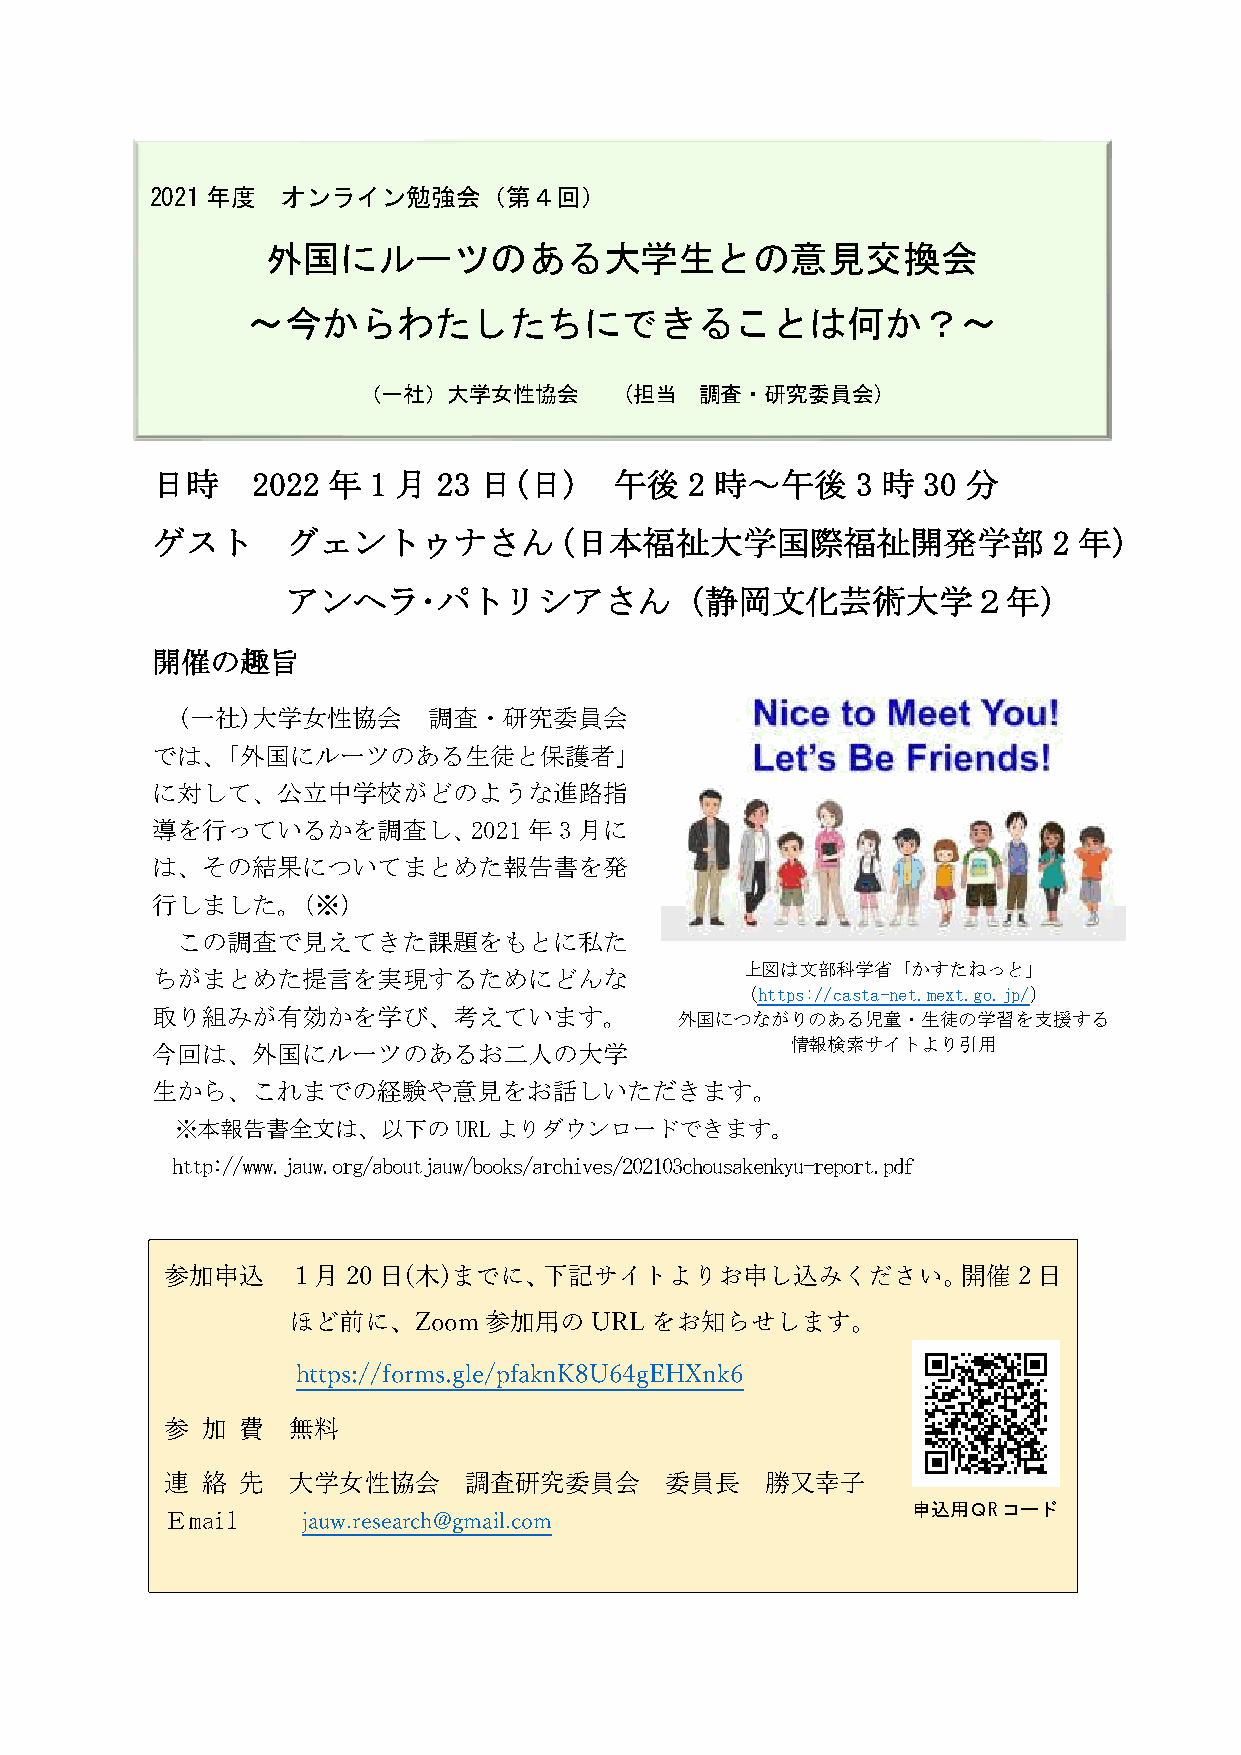
2021年度   オンライン勉強会（第４回）
 外国にルーツのある大学生との意見交換会
 ～今からわたしたちにできることは何か？～
 （一社）大学女性協会       (担当  調査・研究委員会)
 日時     2022 年 1 月  23 日(日)     午後   2 時～午後     3 時 30 分
 ゲスト      グェントゥナさん（日本福祉大学国際福祉開発学部                            2 年）
 アンヘラ･パトリシアさん（静岡文化芸術大学２年）
 開催の趣旨
 (一社)大学女性協会      調査・研究委員会
 では、「外国にルーツのある生徒と保護者」
 に対して、公立中学校がどのような進路指
 導を行っているかを調査し、2021年3月に
 は、その結果についてまとめた報告書を発
 行しました。（※）
 この調査で見えてきた課題をもとに私た
 上図は文部科学省「かすたねっと」
 ちがまとめた提言を実現するためにどんな
 （https://casta-net.mext.go.jp/）
 取り組みが有効かを学び、考えています。                外国につながりのある児童・生徒の学習を支援する
 情報検索サイトより引用
 今回は、外国にルーツのあるお二人の大学
 生から、これまでの経験や意見をお話しいただきます。
 ※本報告書全文は、以下のURLよりダウンロードできます。
 http://www.jauw.org/aboutjauw/books/archives/202103chousakenkyu-report.pdf
 参加申込    １月20日(木)までに、下記サイトよりお申し込みください。開催                 2日
 ほど前に、Zoom    参加用のURL    をお知らせします。
 https://forms.gle/pfaknK8U64gEHXnk6
 参 加  費  無料
 連 絡  先  大学女性協会      調査研究委員会      委員長    勝又幸子
 申込用ＱRコード
 Ｅmail    jauw.research@gmail.com